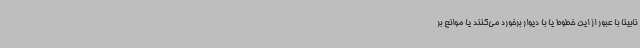
نابینا با عبور از این خطوط یا با دیوار برخورد می‌کنند یا موانع بر